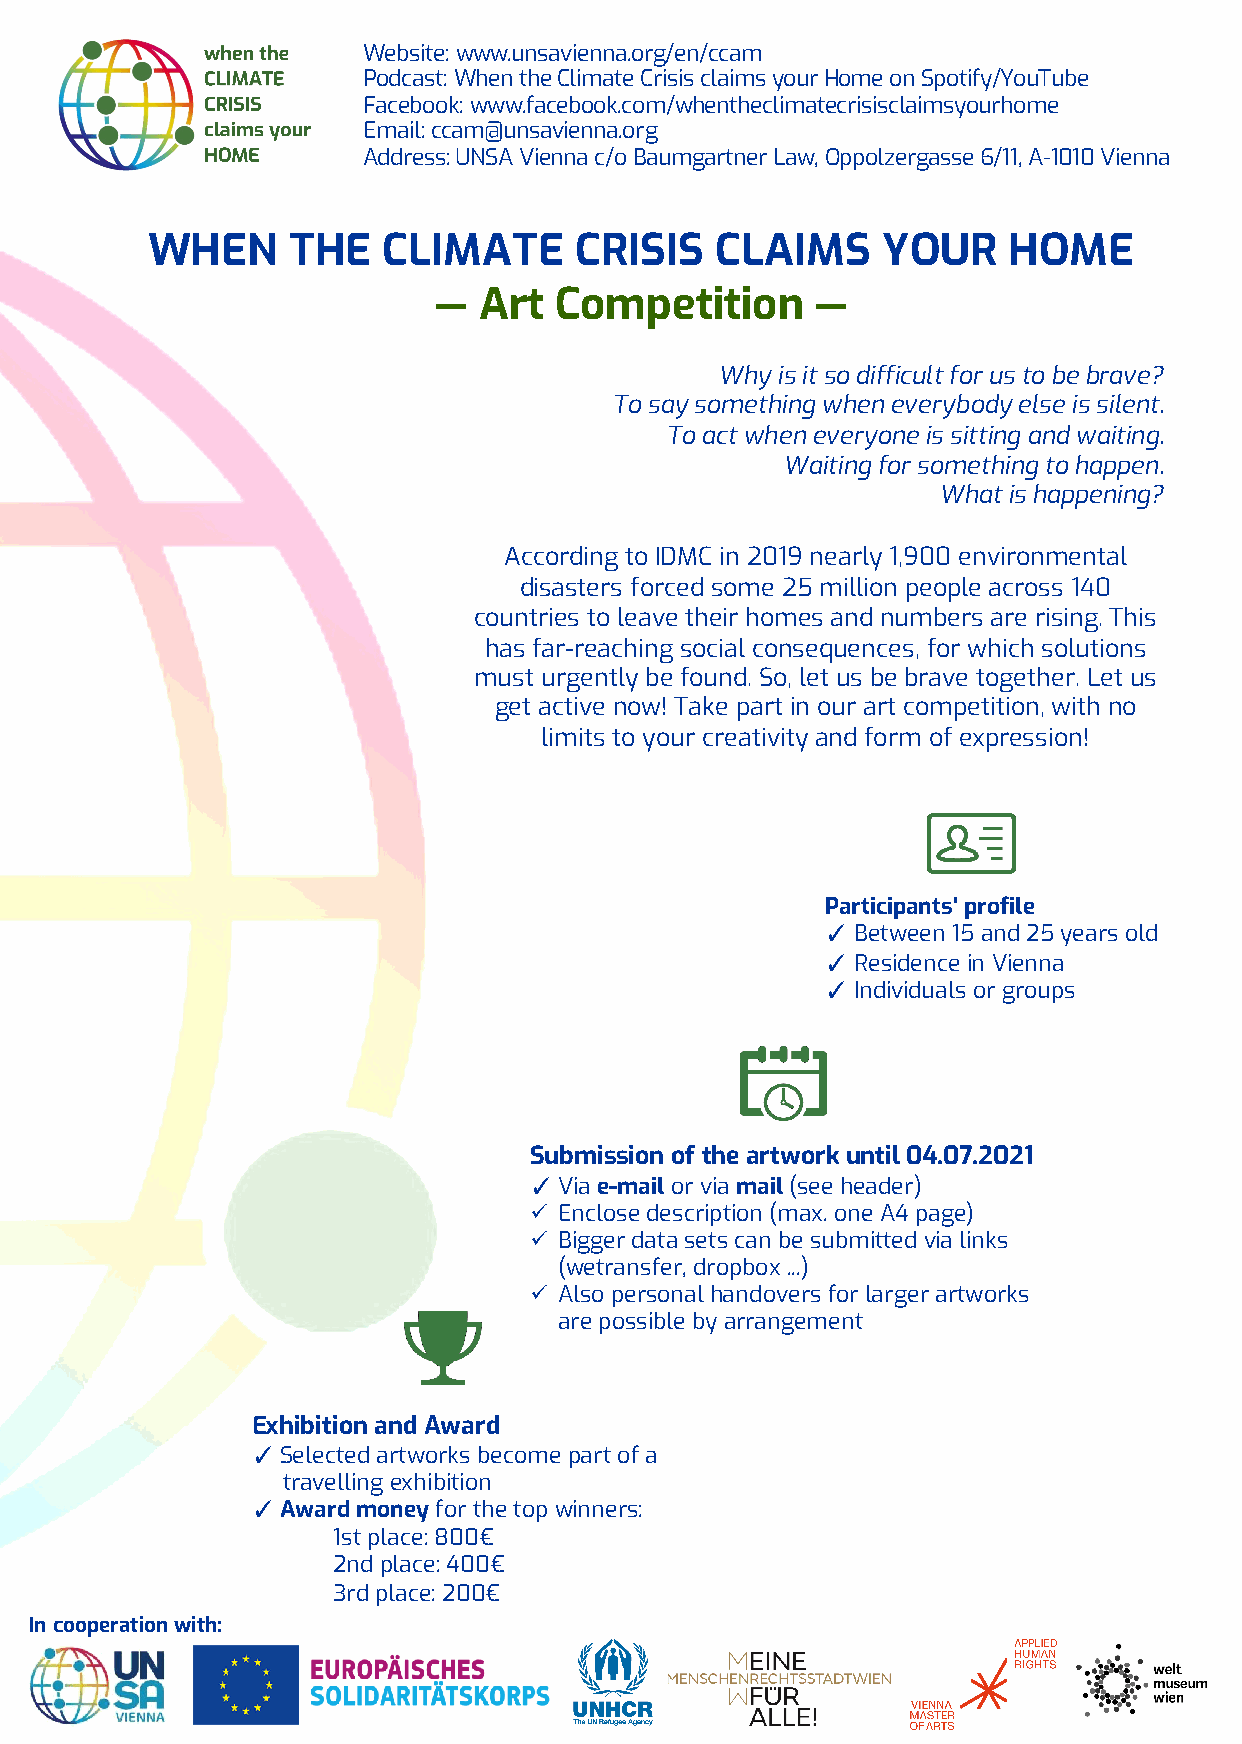
Website: www.unsavienna.org/en/ccam
 Podcast: WhentheClimateCrisisclaimsyourHome on Spotify/YouTube
 Facebook: www.facebook.com/whentheclimatecrisisclaimsyourhome
 Email: ccam@unsavienna.org
 Address: UNSA Vienna c/o Baumgartner Law, Oppolzergasse6/11, A-1010 Vienna
 WHEN     THE   CLIMATE      CRISIS   CLAIMS     YOUR     HOME
 —  Art  Competition      —
 Whyisitso difficultforustobebrave?
 Tosaysomethingwheneverybodyelseissilent.
 Toactwheneveryoneissittingandwaiting.
 Waiting forsomethingtohappen.
 Whatishappening?
 According to IDMC in 2019 nearly 1,900 environmental
 disasters forced some 25 million people across 140
 countries to leave their homes and numbers are rising. This
 has far-reaching social consequences, for which solutions
 must urgently be found. So, let us be brave together. Let us
 get active now! Take part in our art competition, with no
 limits to your creativity and form of expression!
 Participants' profile
 ✓ Between 15 and 25 yearsold
 ✓ Residence in Vienna
 ✓ Individuals orgroups
 Submission of the artwork until 04.07.2021
 ✓Via e-mail orvia mail (see header)
 ü Enclose description (max. one A4 page)
 ü Biggerdata setscan be submitted via links
 (wetransfer, dropbox ...)
 ü Also personal handoversforlarger artworks
 are possible by arrangement
 Exhibition and Award
 ✓Selected artworksbecome partofa
 travelling exhibition
 ✓Award moneyforthe top winners:
 1st place: 800€
 2nd place: 400€
 3rd place: 200€
 In cooperationwith: